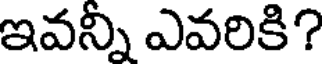
ఇవన్నీ ఎవరికి?